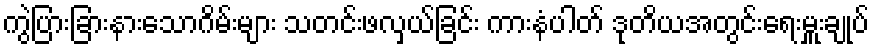
ကွဲပြားခြားနားသောဂိမ်းများ သတင်းဖလှယ်ခြင်း ကားနံပါတ် ဒုတိယအတွင်းရေးမှူးချုပ်